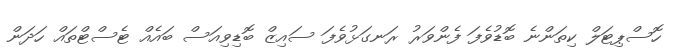
ހޮސްޕިޓަލް ކިތަންނެ ބޮޑުވެފަ ފެންވަރު ރަނގަޅުވެފަ ސައިޒް ބޮޑިވިއަސް ބައެއް ޓެސްޓްތައް ހަދަން